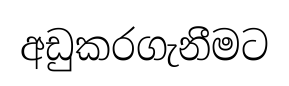
අඩුකරගැනීමට